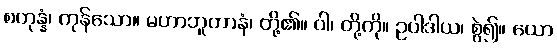
စတုန္နံ၊ ကုန်သော။ မဟာဘူတာနံ၊ တို့၏။ ဝါ၊ တို့ကို။ ဥပါဒါယ၊ စွဲ၍။ ယော